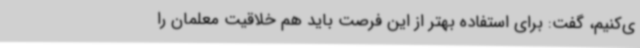
ی‌کنیم، گفت: برای استفاده بهتر از این فرصت باید هم خلاقیت معلمان را